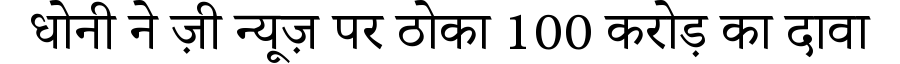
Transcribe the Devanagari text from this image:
धोनी ने ज़ी न्यूज़ पर ठोका 100 करोड़ का दावा